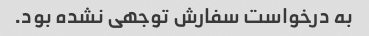
به درخواست سفارش توجهی نشده بود.